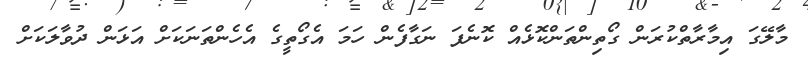
މާލޭގަ އިމާރާތްކުރަން ގޯތިންތަންކޮޅެއް ކޮނެފަ ނަގާފެން ހަމަ އެގޯތީގެ އެހެންތަނަކަށް އަޅަން ދުވާލަކަށް